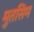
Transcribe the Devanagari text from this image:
मुतसिम